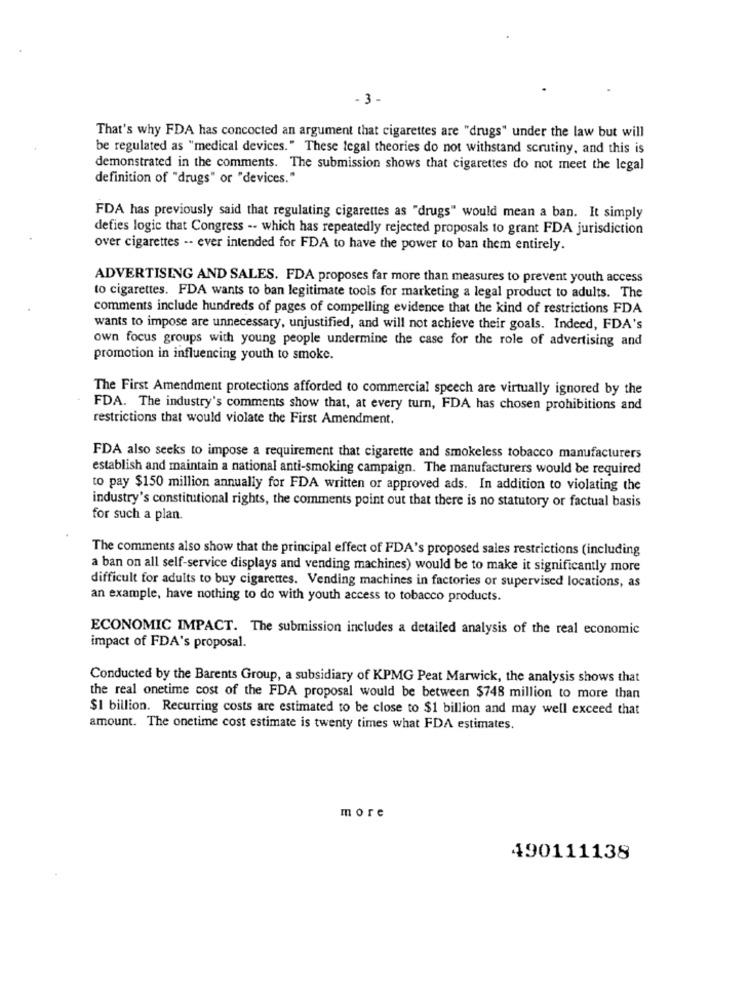
-3 -
That's why FDA has concocted an argument that cigarettes are "drugs" under the law but will
be regulated as "medical devices." These legal theories do not withstand scrutiny, and this is
demonstrated in the comments. The submission shows that cigarettes do not meet the legal
definition of "drugs" or "devices."
FDA has previously said that regulating cigarettes as "drugs" would mean a ban. It simply
defies logic that Congress -- which has repeatedly rejected proposals to grant FDA jurisdiction
over cigarettes -- ever intended for FDA to have the power to ban them entirely.
ADVERTISING AND SALES. FDA proposes far more than measures to prevent youth access
to cigarettes. FDA wants to ban legitimate tools for marketing a legal product to adults. The
comments include hundreds of pages of compelling evidence that the kind of restrictions FDA
wants to impose are unnecessary, unjustified, and will not achieve their goals. Indeed, FDA's
own focus groups with young people undermine the case for the role of advertising and
promotion in influencing youth to smoke.
The First Amendment protections afforded to commercial speech are virtually ignored by the
FDA. The industry's comments show that, at every turn, FDA has chosen prohibitions and
restrictions that would violate the First Amendment.
FDA also seeks to impose a requirement that cigarette and smokeless tobacco manufacturers
establish and maintain a national anti-smoking campaign. The manufacturers would be required
to pay $150 million annually for FDA written or approved ads. In addition to violating the
industry's constitutional rights, the comments point out that there is no statutory or factual basis
for such a plan.
The comments also show that the principal effect of FDA's proposed sales restrictions (including
a ban on all self-service displays and vending machines) would be to make it significantly more
difficult for adults to buy cigarettes. Vending machines in factories or supervised locations, as
an example, have nothing to do with youth access to tobacco products.
ECONOMIC IMPACT. The submission includes a detailed analysis of the real economic
impact of FDA's proposal.
Conducted by the Barents Group, a subsidiary of KPMG Peat Marwick, the analysis shows that
the real onetime cost of the FDA proposal would be between $748 million to more than
$1 billion. Recurring costs are estimated to be close to $1 billion and may well exceed that
amount. The onetime cost estimate is twenty times what FDA estimates.
more
490111138